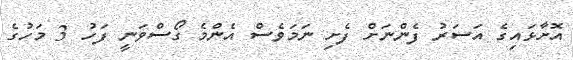
އޮށާޅައިގެ އަސަރު ފެންނަށް ފެށި ނަމަވެސް އެންމެ ގޯސްވަނީ ފަހު 3 މަހުގެ